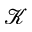
\mathcal { K }